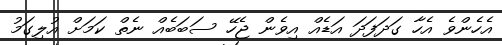
އެހެންވެ އެހާ ގަދަފަދަ އަޑެއް އިވެން ޖެހޭ ސަބަބެއް ނެތް ކަމަށް އުލިގަމު